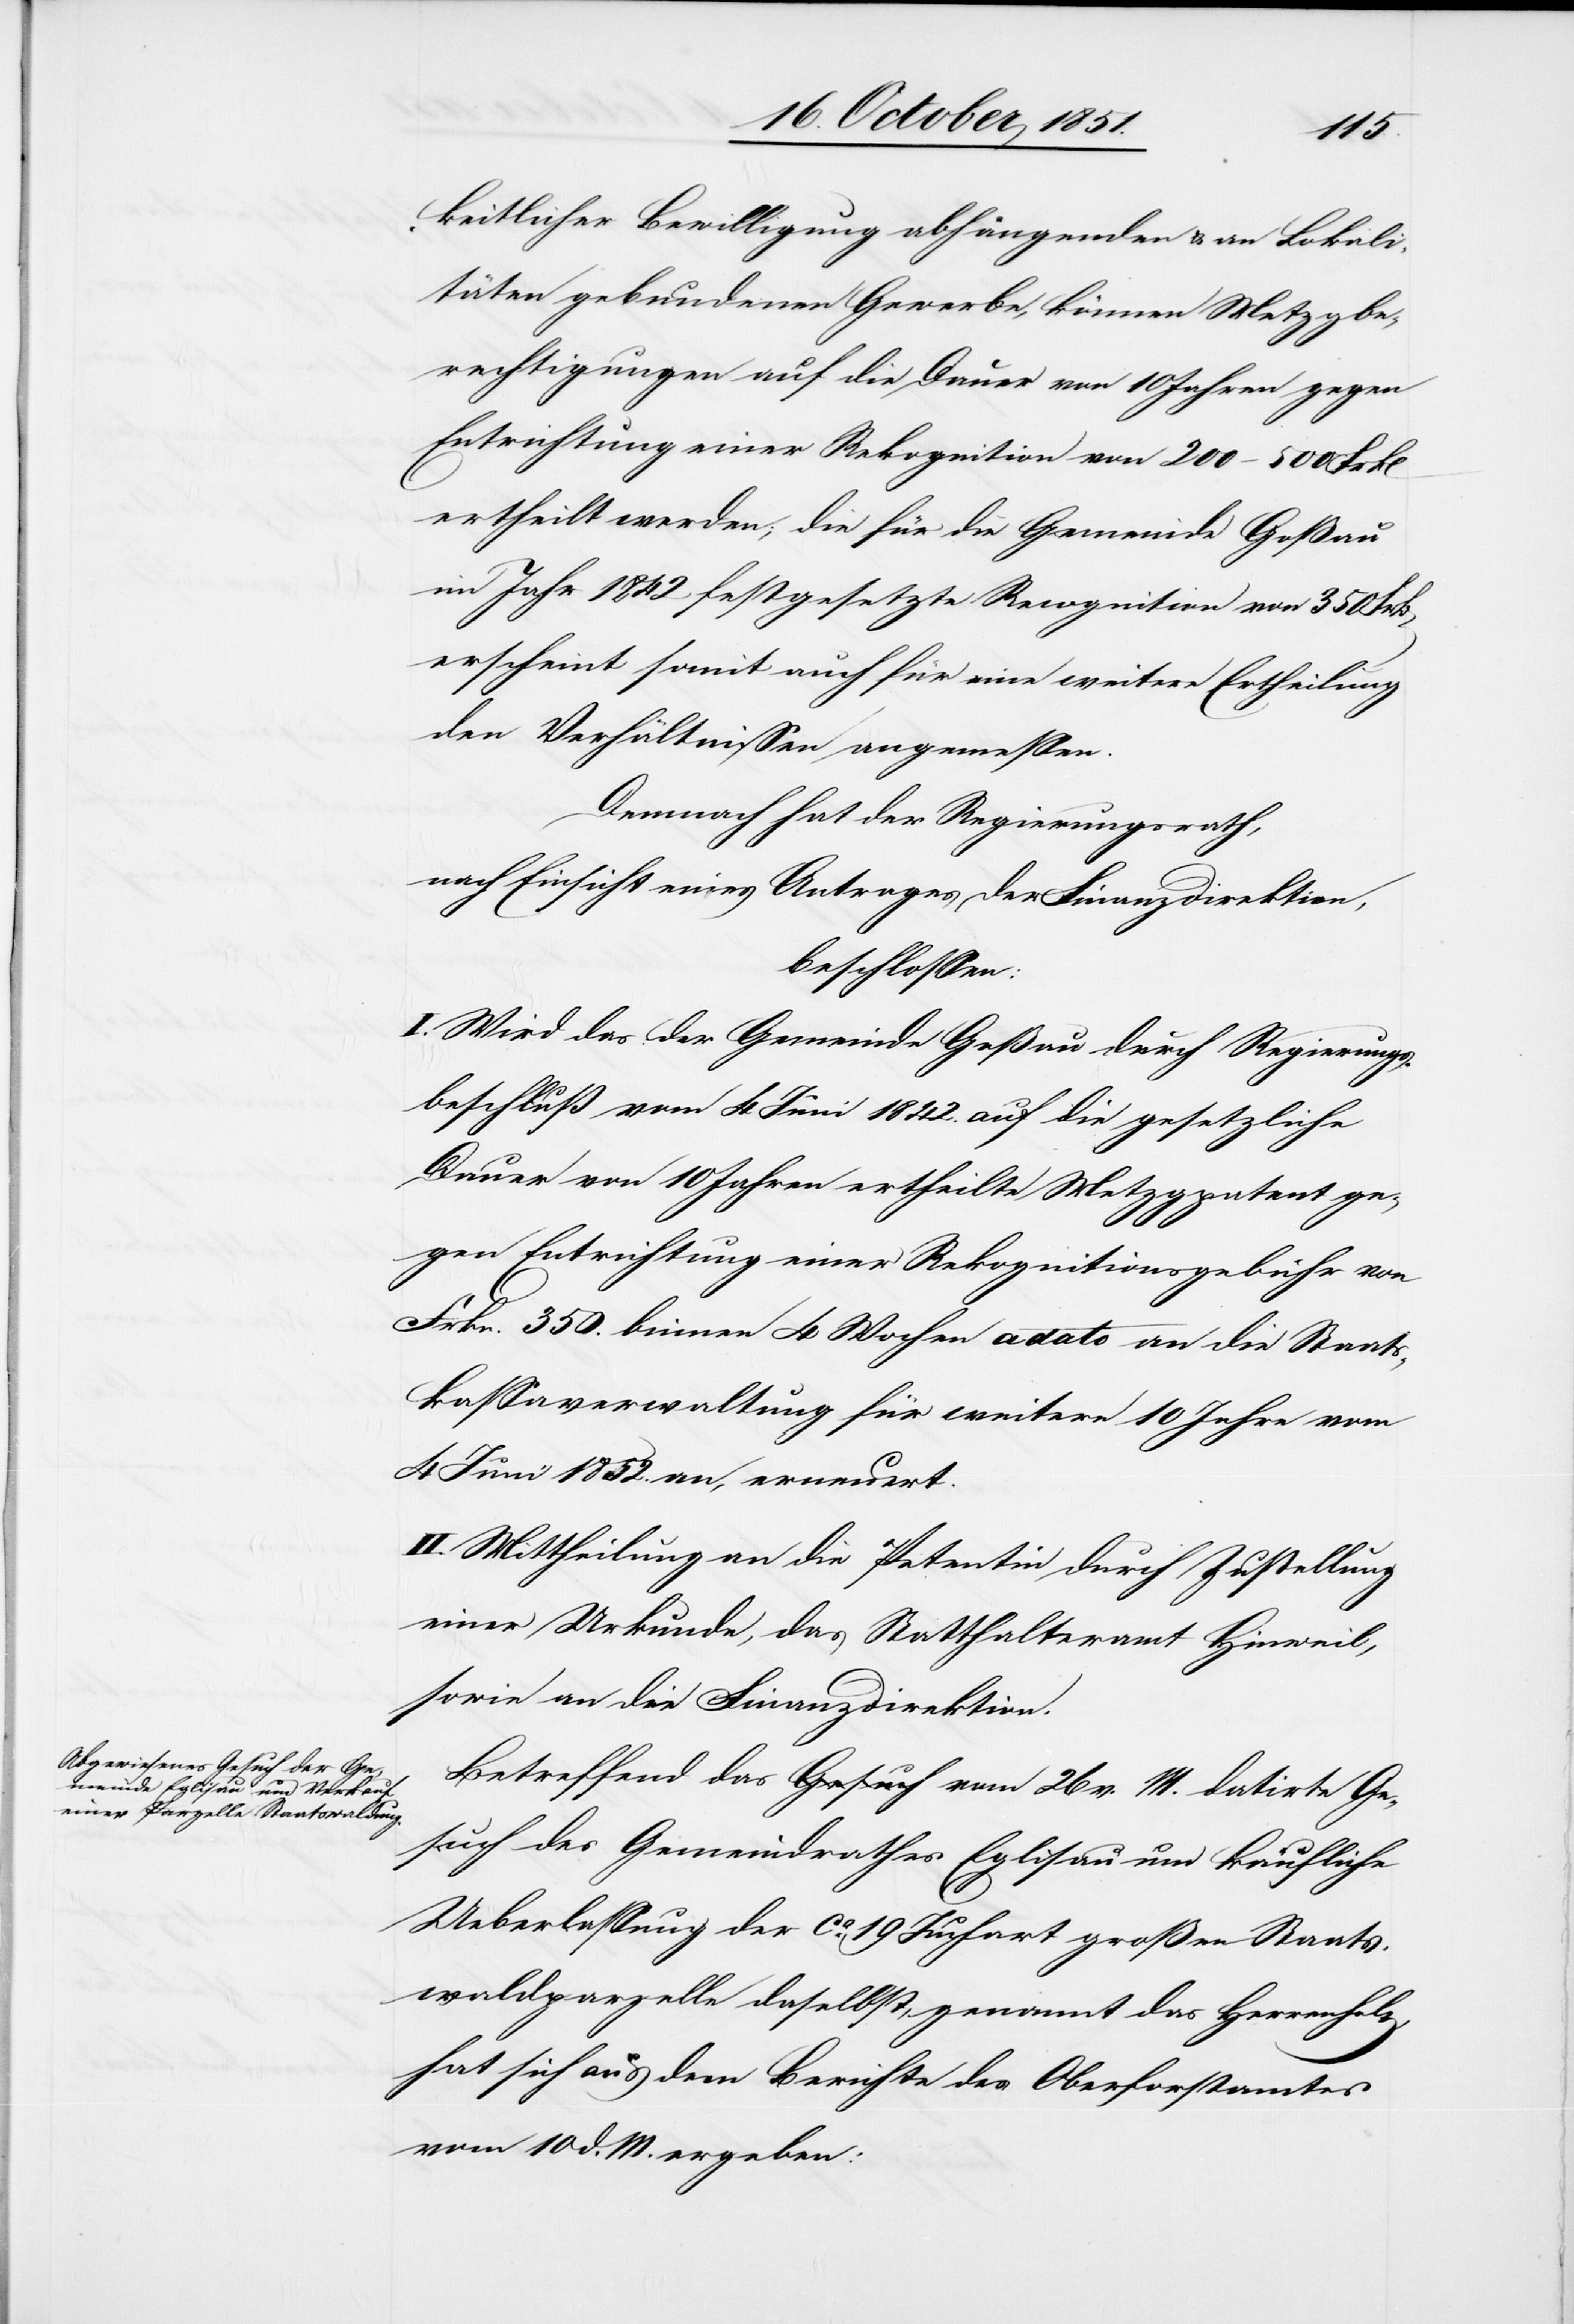
keitlicher Bewilligung abhängenden & an Lokali¬
täten gebundenen Gewerbe, können Metzgbe¬
rechtigungen auf die Dauer von 10 Jahren gegen
Entrichtung einer Rekognition von 200–500 Frk[en]
ertheilt werden; die für die Gemeinde Goßau
im Jahr 1842 festgesetzte Recognition von 350 Frk[en]
erscheint somit auch für eine weitere Ertheilung
den Verhältnissen angemessen.
Demnach hat der Regierungsrath,
nach Einsicht eines Antrages der Finanzdirektion,
beschlossen:
I. Wird das der Gemeinde Goßau durch Regierungs¬
beschluß vom 4 Juni 1842. auf die gesetzliche
Dauer von 10 Jahren ertheilte Metzgpatent ge¬
gen Entrichtung einer Rekognitionsgebühr von
Frkn. 350. binnen 4 Wochen a dato an die Staats¬
kassaverwaltung für weitere 10 Jahre vom
4 Juni 1852. an, erneuert.
II. Mittheilung an die Petentin durch Zustellung
einer Urkunde, das Statthalteramt Hinweil,
sowie an die Finanzdirektion.
Betreffend das vom 26 v. M. datirte Ge¬
such des Gemeindrathes Eglisau um käufliche
Ueberlassung der ca. 19 Juchart großen Staats¬
waldparzelle daselbst, genannt das Herrenholz,
hat sich aus dem Berichte des Oberforstamtes
vom 10 d. M. ergeben: